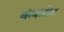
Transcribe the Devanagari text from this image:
कंकरोट